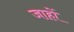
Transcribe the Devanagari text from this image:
जाहों